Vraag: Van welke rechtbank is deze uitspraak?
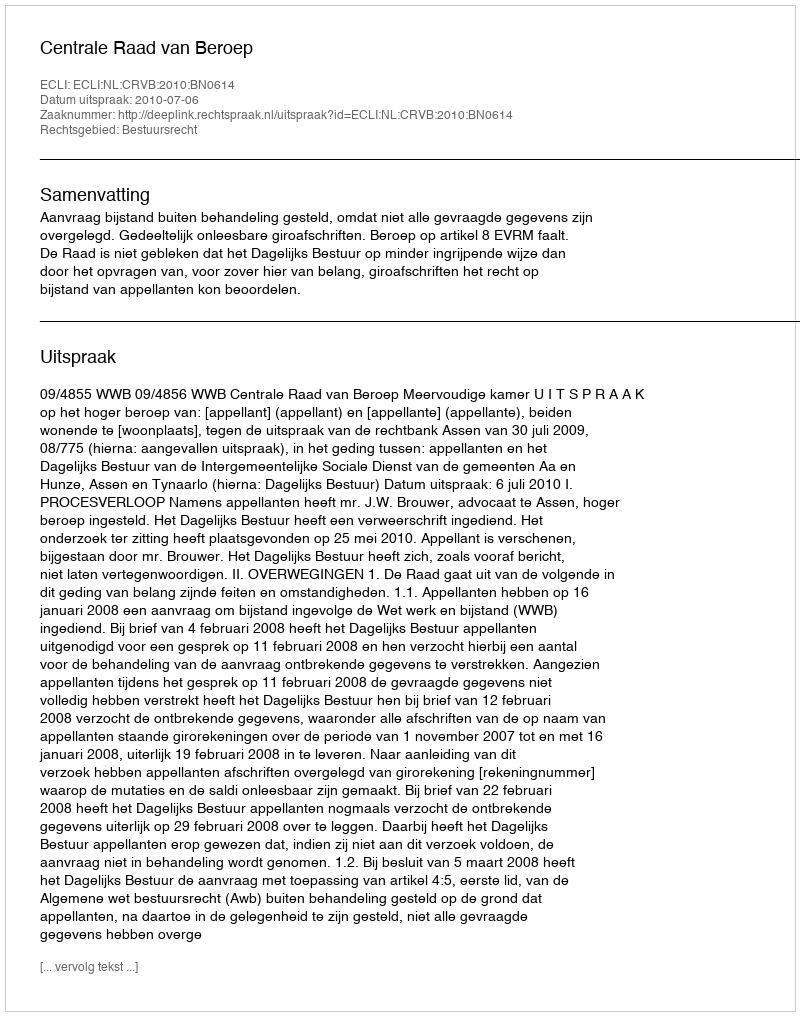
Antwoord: Centrale Raad van Beroep